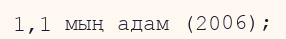
1,1 мың адам (2006);